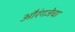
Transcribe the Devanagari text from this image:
औरंगजेचा